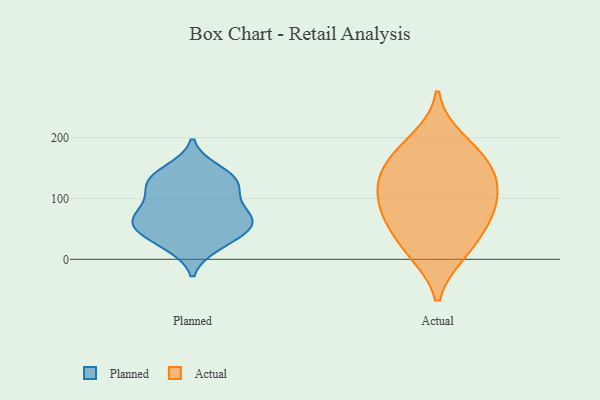
{"axis": {"x": "Energy Usage (MWh)", "y": "Value"}, "legend": ["Actual", "Planned"], "data": [{"x": "", "y": 72, "type": "Planned"}, {"x": "", "y": 97, "type": "Planned"}, {"x": "", "y": 23, "type": "Planned"}, {"x": "", "y": 110, "type": "Planned"}, {"x": "", "y": 67, "type": "Planned"}, {"x": "", "y": 28, "type": "Planned"}, {"x": "", "y": 58, "type": "Planned"}, {"x": "", "y": 68, "type": "Planned"}, {"x": "", "y": 134, "type": "Planned"}, {"x": "", "y": 56, "type": "Planned"}, {"x": "", "y": 146, "type": "Planned"}, {"x": "", "y": 47, "type": "Planned"}, {"x": "", "y": 129, "type": "Planned"}, {"x": "", "y": 127, "type": "Planned"}, {"x": "", "y": 99, "type": "Actual"}, {"x": "", "y": 126, "type": "Actual"}, {"x": "", "y": 162, "type": "Actual"}, {"x": "", "y": 14, "type": "Actual"}, {"x": "", "y": 69, "type": "Actual"}, {"x": "", "y": 118, "type": "Actual"}, {"x": "", "y": 70, "type": "Actual"}, {"x": "", "y": 138, "type": "Actual"}, {"x": "", "y": 171, "type": "Actual"}, {"x": "", "y": 198, "type": "Actual"}, {"x": "", "y": 10, "type": "Actual"}, {"x": "", "y": 60, "type": "Actual"}]}